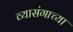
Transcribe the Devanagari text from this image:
व्यासंगाच्या